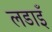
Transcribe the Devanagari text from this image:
लडाइँ